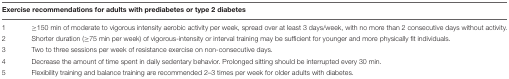
<table><thead><tr><td colspan="2"><b>Exercise recommendations for adults with prediabetes or type 2 diabetes</b></td></tr></thead><tbody><tr><td>1</td><td>≥150 min of moderate to vigorous intensity aerobic activity per week, spread over at least 3 days/week, with no more than 2 consecutive days without activity.</td></tr><tr><td>2</td><td>Shorter duration (≥75 min per week) of vigorous-intensity or interval training may be sufficient for younger and more physically fit individuals.</td></tr><tr><td>3</td><td>Two to three sessions per week of resistance exercise on non-consecutive days.</td></tr><tr><td>4</td><td>Decrease the amount of time spent in daily sedentary behavior. Prolonged sitting should be interrupted every 30 min.</td></tr><tr><td>5</td><td>Flexibility training and balance training are recommended 2–3 times per week for older adults with diabetes.</td></tr></tbody></table>